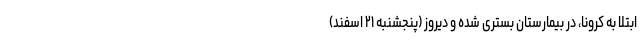
ابتلا به کرونا، در بیمارستان بستری شده و دیروز (پنجشنبه ۲۱ اسفند)